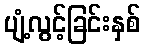
ပျံ့လွင့်ခြင်းနှစ်